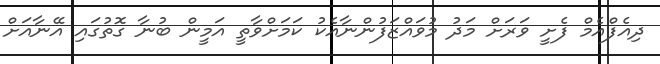
ދިއެފްއެމް ފެށީ ވަރަށް މަދު މުވައްޒަފުންނާއެކު ކަމަށްވާތީ އަމީން ބުނާ ގޮތުގައި އޭނާއަށް